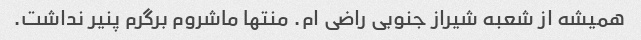
همیشه از شعبه شیراز جنوبی راضی ام. منتها ماشروم برگرم پنیر نداشت.